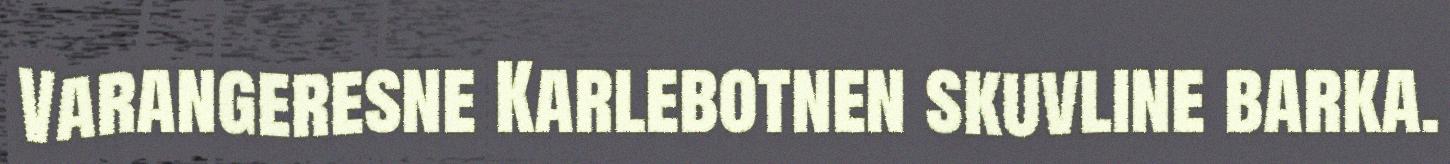
Varangeresne Karlebotnen skuvline barka.